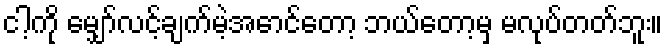
ငါ့ကို မျှော်လင့်ချက်မဲ့အောင်တော့ ဘယ်တော့မှ မလုပ်တတ်ဘူး။